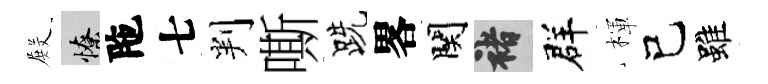
𭮺憭陁七判嘶跣畧関褚群楎己雖